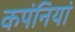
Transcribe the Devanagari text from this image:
कपंनियां